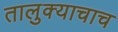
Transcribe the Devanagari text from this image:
तालुक्याचाच